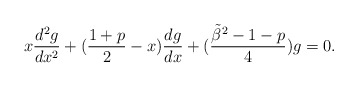
\begin{align*}x{d^2g\over dx^2} + ( {1+p\over 2} -x){dg\over dx} + ({{\tilde \beta}^2 -1 -p\over 4} )g = 0.\end{align*}